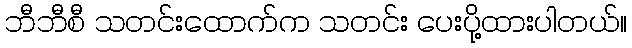
ဘီဘီစီ သတင်းထောက်က သတင်း ပေးပို့ထားပါတယ်။